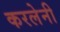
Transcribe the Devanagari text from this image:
करलेनी